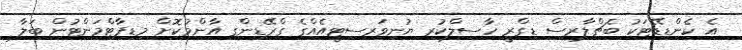
އެ ކެންޑިޑޭޓަކު ބެޗްލާރސް ޑިގްރީ ހާސިލްކުރި ޔުނިވަރސިޓީއެއްގެ ގްރޭޑިންގ އާންމުކޮށް މިޑިޕާޓްމަންޓުން ބަލާ